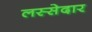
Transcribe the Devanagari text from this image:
लस्सेदार